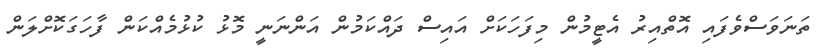
ތަނަވަސްވެފައި އޮތްއިރު އެޓީމުން މިފަހަކަށް އައިސް ދައްކަމުން އަންނަނީ މޮޅު ކުޅުމެއްކަން ފާހަގަކޮށްލަން